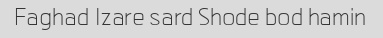
Faghad ۱zare sard Shode bod hamin